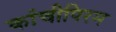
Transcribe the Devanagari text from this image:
कांचीपिरम